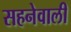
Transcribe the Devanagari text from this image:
सहनेवाली